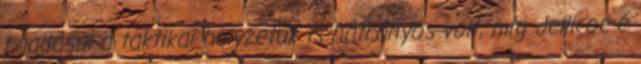
ráadásul a taktikai helyzetük is hátrányos volt, míg Jellicoe-é